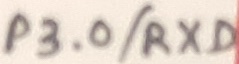
Text: P3.0/RXD